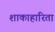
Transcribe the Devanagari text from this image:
शाकाहारिता